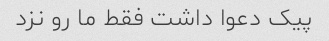
پیک دعوا داشت فقط ما رو نزد